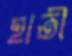
হাতী